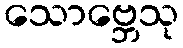
သောဗ္ဘေသု